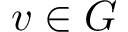
v \in G